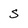
Character: S